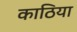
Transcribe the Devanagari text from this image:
काठिया